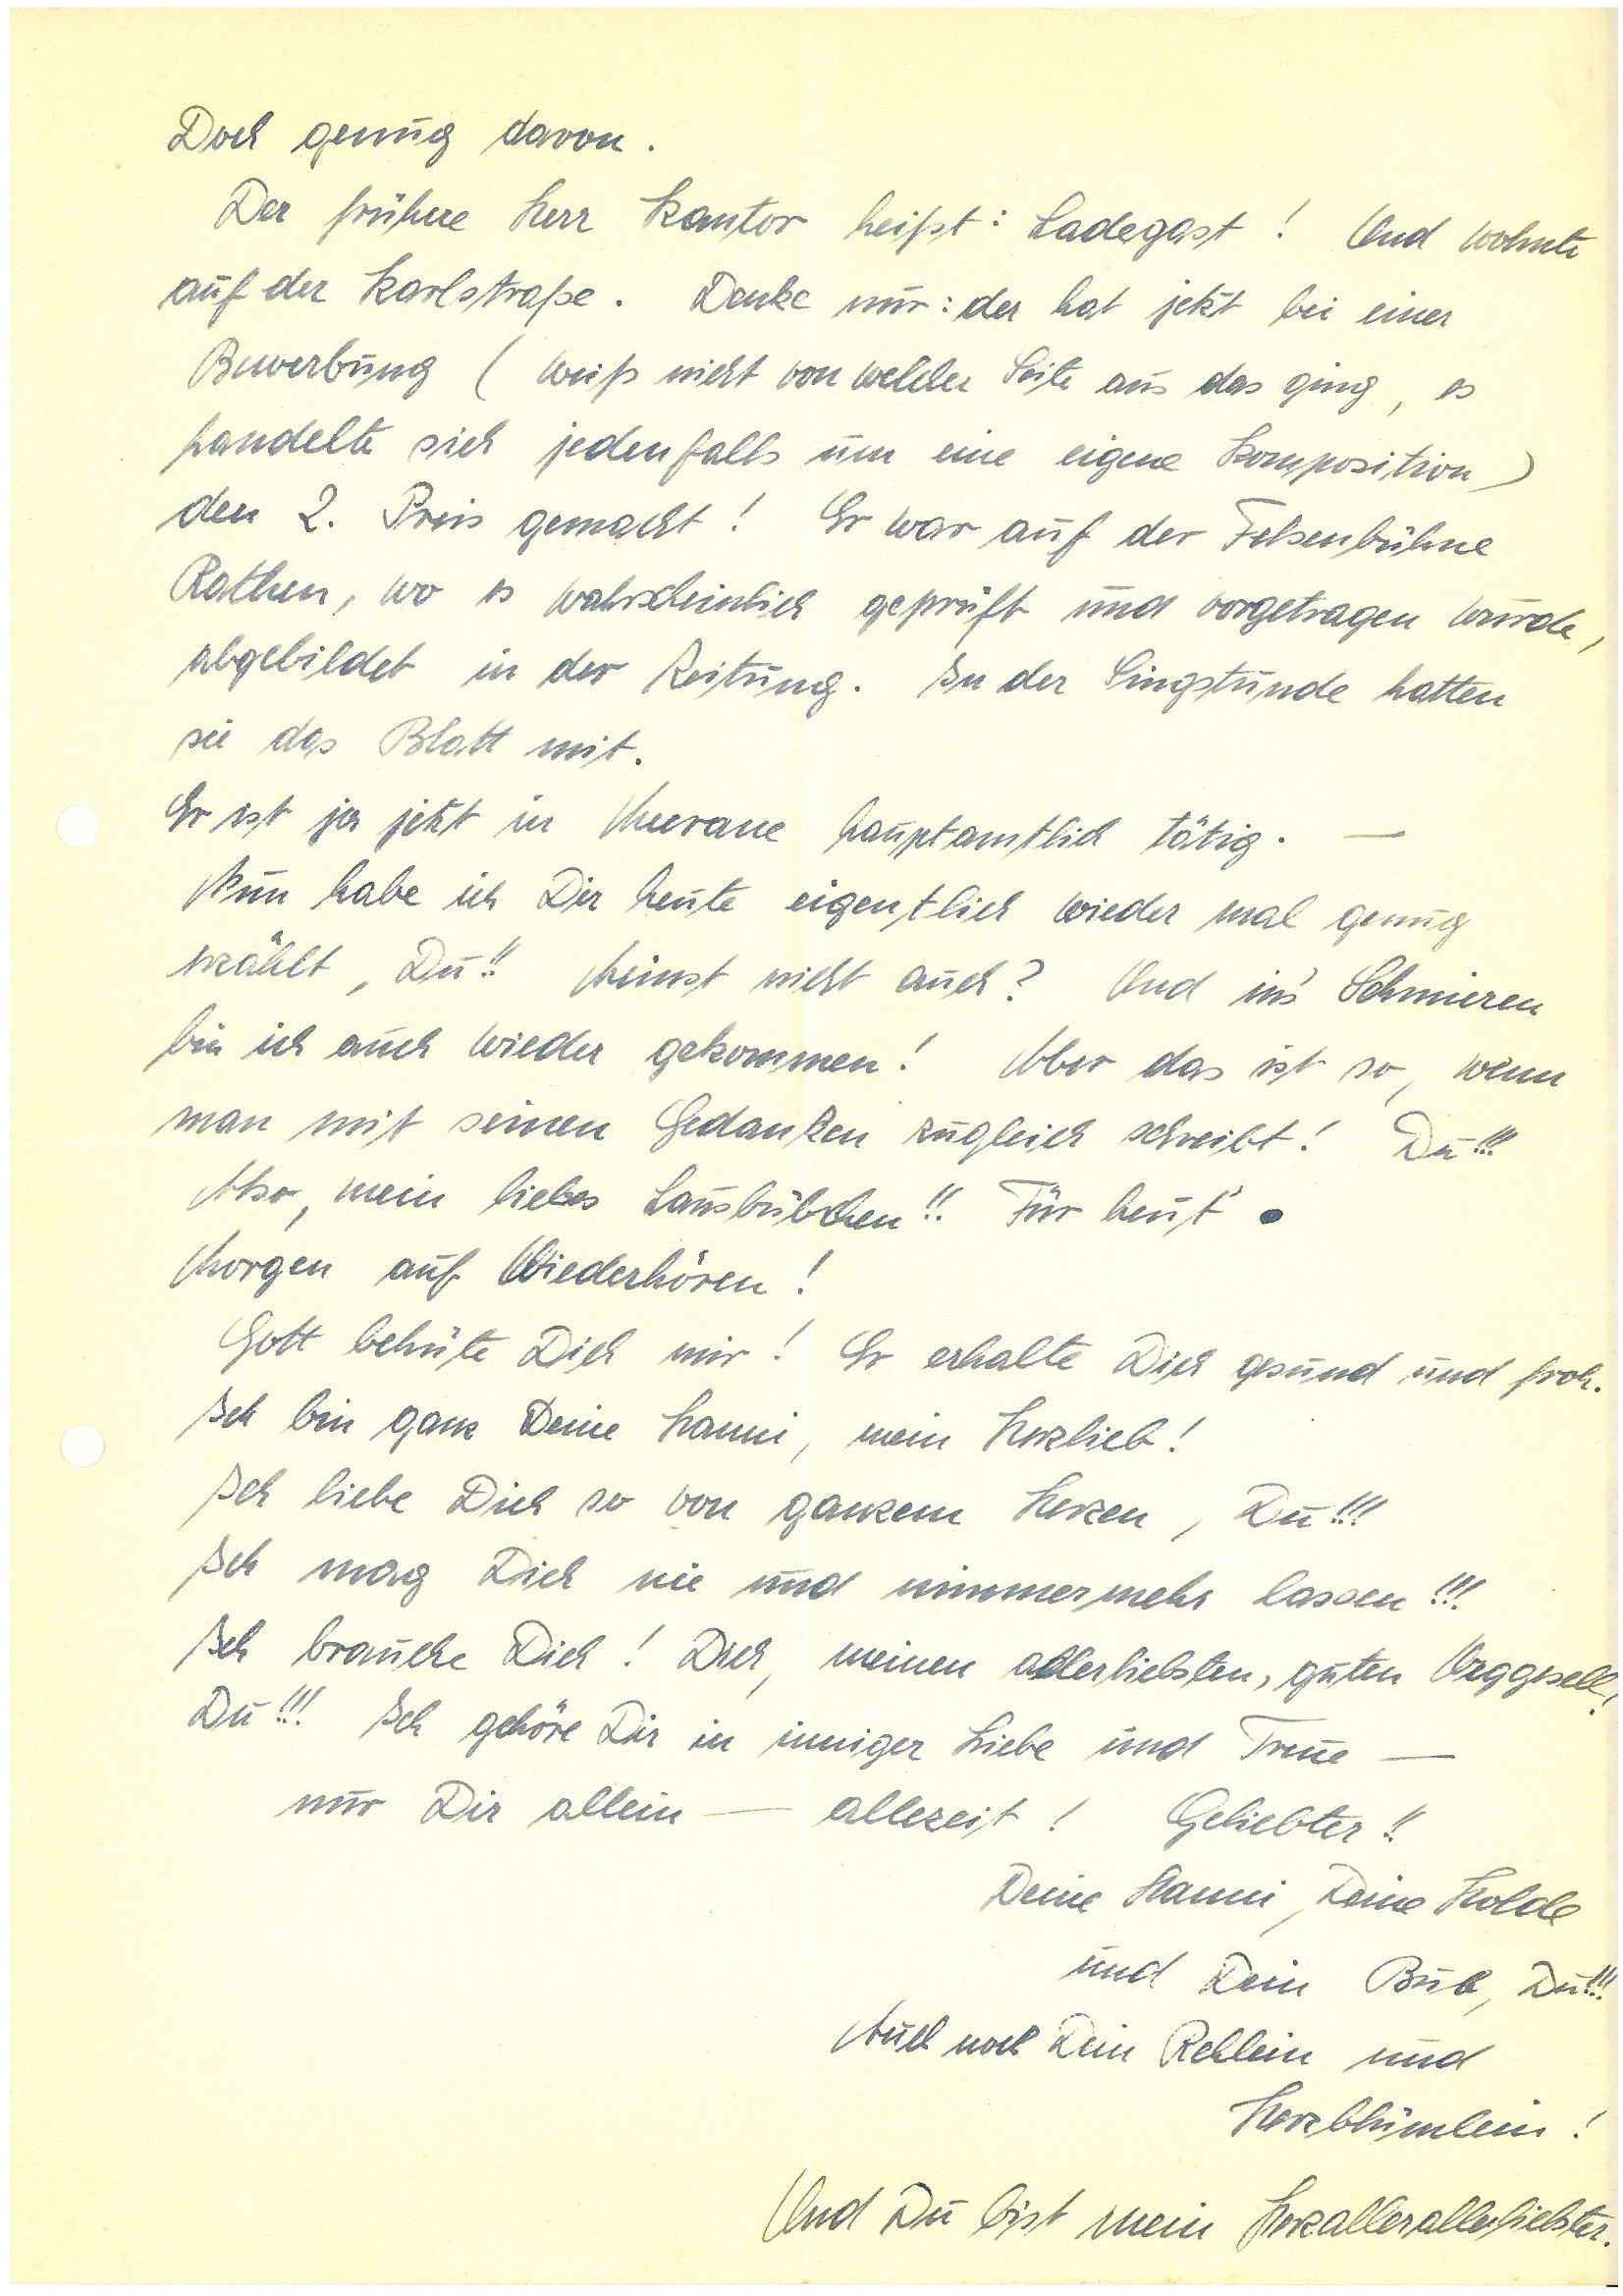
Doch genug davon.
Der frühere Herr Kantor heißt: L.! Und wohnte
auf der Karlstraße. Denke nur: der hat jetzt bei einer
Bewerbung (weiß nicht von welcher Seite aus das ging, es
handelte sich jedenfalls um eine eigene Komposition)
den 2. Preis gemacht! Er war auf der Felsenbühne
R., wo es wahrscheinlich geprüft und vorgetragen wurde,
abgebildet in der Zeitung. In der Singstunde hatten
sie das Blatt mit.
Er ist ja jetzt in M. hauptamtlich tätig. –
Nun habe ich Dir heute eigentlich wieder mal genug
erzählt, Du!! Meinst nicht auch? Und in’s Schmieren
bin ich auch wieder gekommen! Aber das ist so, wenn
man mit seinem Gedanken zugleich schreibt! Du!!!
Also, mein liebes Lausbübchen!! Für heut’.
Morgen auf Wiederhören!
Gott behüte Dich mir! Er erhalte Dich gesund und froh.
Ich bin ganz Deine , mein Herzlieb!
Ich liebe so von ganzem Herzen, Du!!!
Ich mag Dich nie und nimmermehr lassen!!!
Ich brauche Dich! Dich, meinen allerliebsten, guten Weggesell,
Du!!! Ich gehöre Dir in inniger Liebe und Treue –
nur Dir allein – alle Zeit! Geliebter!!
Deine , Deine Holde
und Dein Bub, Du!!!
Auch noch Dein Rehlein und
Herzblümlein!
Und Du bist mein Herzallerliebster.